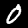
Label: 0